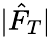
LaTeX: |\hat{F}_{T}|